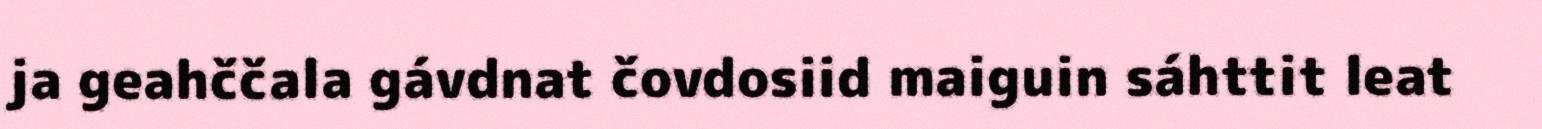
ja geahččala gávdnat čovdosiid maiguin sáhttit leat